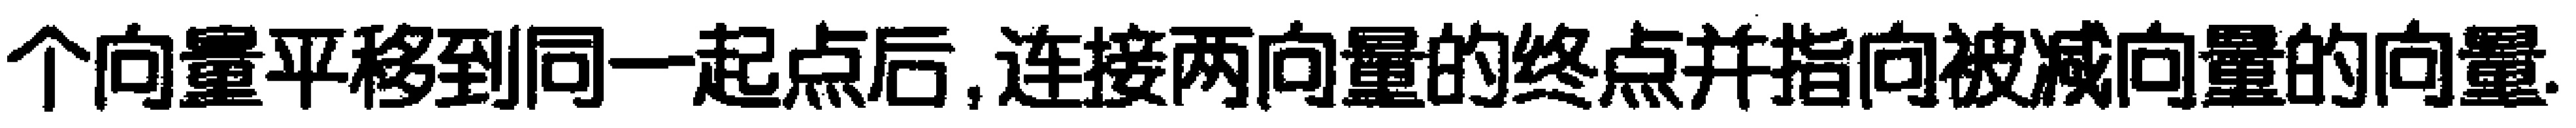
个向量平移到同一起点后,连接两向量的终点并指向被减向量的向量.